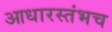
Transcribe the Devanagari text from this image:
आधारस्तंभच